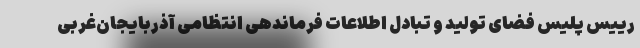
رییس پلیس فضای تولید و تبادل اطلاعات فرماندهی انتظامی آذربایجان‌غربی